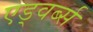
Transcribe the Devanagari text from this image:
एड्वर्ब्स